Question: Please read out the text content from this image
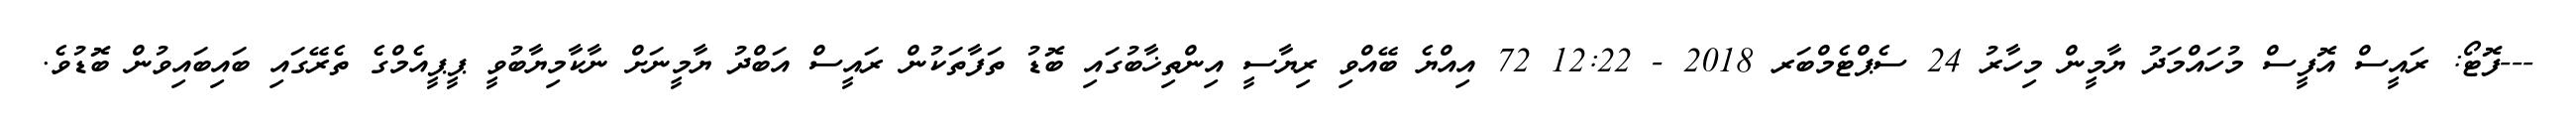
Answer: ---ފޮޓޯ: ރައީސް އޮފީސް މުހައްމަދު ޔާމީން މިހާރު 24 ސެޕްޓެމްބަރ 2018 - 12:22 72 އިއްޔެ ބޭއްވި ރިޔާސީ އިންތިޚާބުގައި ބޮޑު ތަފާތަކުން ރައީސް އަބްދު ޔާމީނަށް ނާކާމިޔާބުވީ ޕީޕީއެމްގެ ތެރޭގައި ބައިބައިވުން ބޮޑުވެ.